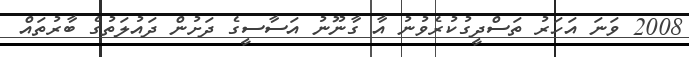
2008 ވަނަ އަހަރު ތަސްދީގުކުރެވުނު އާ ގާނޫނު އަސާސީގެ ދަށުން ދައުލަތުގެ ބާރުތައް